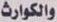
والكوارث